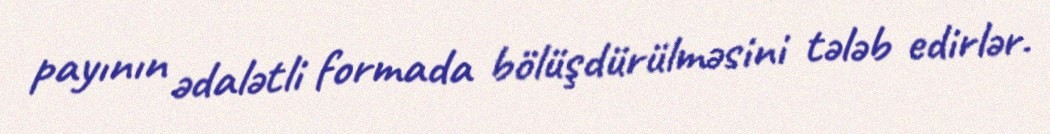
payının ədalətli formada bölüşdürülməsini tələb edirlər.